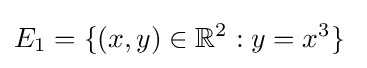
E_{1}=\{(x,y)\in \mathbb {R} ^{2}:y=x^{3}\}\